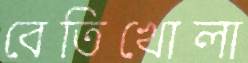
বেতিখোলা